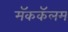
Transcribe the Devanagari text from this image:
मॅककॅलम